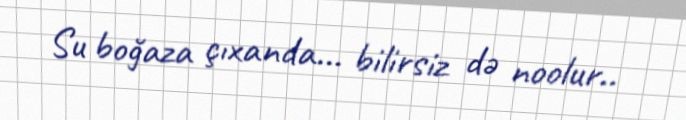
Su boğaza çıxanda... bilirsiz də noolur..